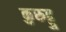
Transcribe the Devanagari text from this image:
कुरुट्टु